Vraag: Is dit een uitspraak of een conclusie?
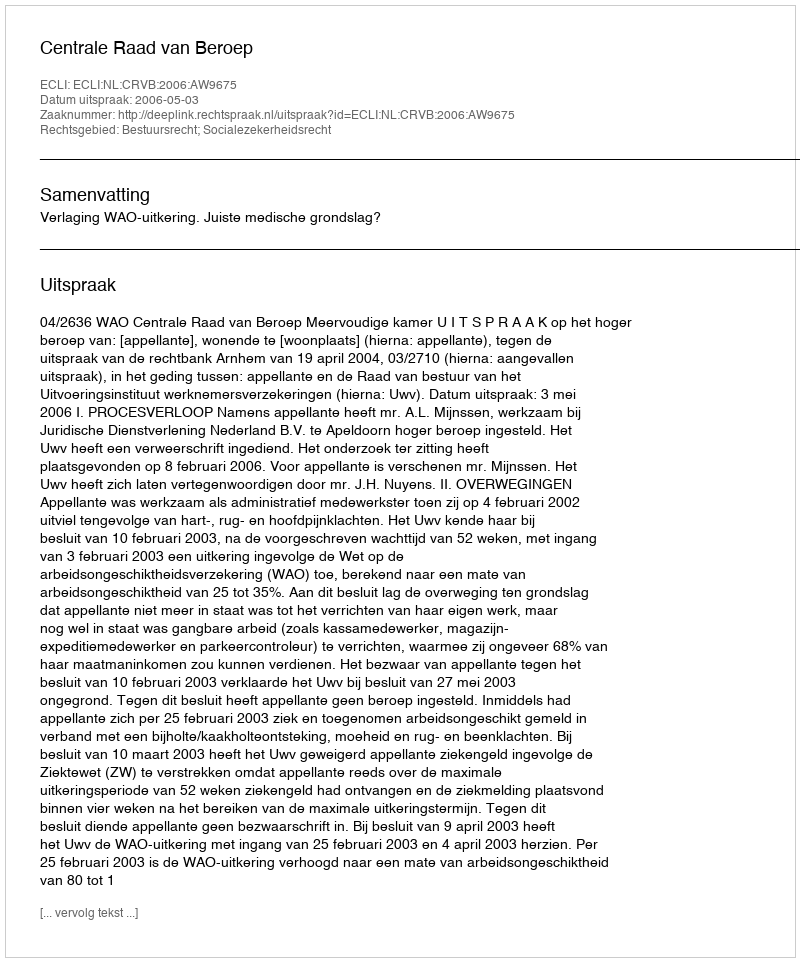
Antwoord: Uitspraak